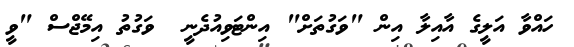
ހައްވާ އަލީގެ އާއިލާ އިން "ވަގުތަށް" އިންޓަވިއުދެނީ  ވަގުތު އިމޭޖްސް "ވީ